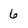
Character: 6